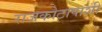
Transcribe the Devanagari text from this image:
राजकोटापाशी